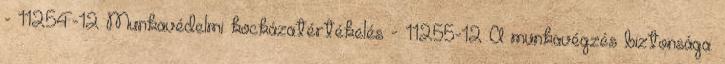
- 11254-12 Munkavédelmi kockázatértékelés - 11255-12 A munkavégzés biztonsága.